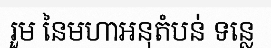
រួម នៃមហាអនុតំបន់ ទន្លេ